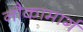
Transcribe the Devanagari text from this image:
नौकामार्ग